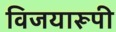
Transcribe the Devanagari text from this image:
विजयारूपी